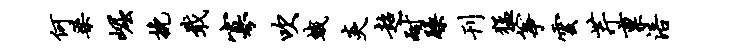
何梁崛挽戢寡吹蛾炎超耐躁刊猛筝云芹禀涪